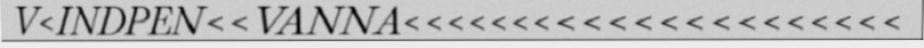
V<INDPEN<<VANNA<<<<<<<<<<<<<<<<<<<<<